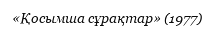
«Қосымша сұрақтар» (1977)